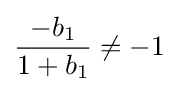
{\frac {-b_{1}}{1+b_{1}}}\neq -1